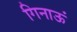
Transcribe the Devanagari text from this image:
गिनाऊं